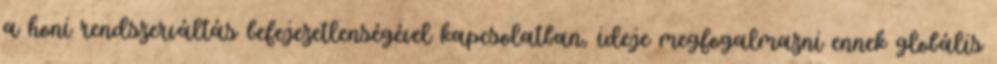
a honi rendszerváltás befejezetlenségével kapcsolatban, ideje megfogalmazni ennek globális